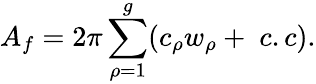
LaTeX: A_{f}=2\pi\sum_{\rho=1}^{g}(c_{\rho}w_{\rho}+\; c.c).